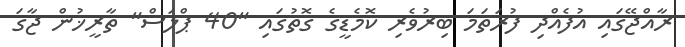
ރާއްޖޭގައި އުފެއްދި ފުރަަތަމަ ބިރުވެރި ކޮމެޑީގެ ގޮތުގައި "40 ޕްލަސް" ތާރީޚުން ޖާގަ